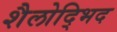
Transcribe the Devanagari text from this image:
शैलोद्भिद